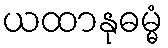
ယထာနုဓမ္မံ